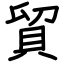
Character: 貿